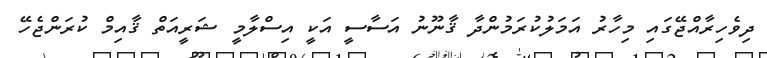
ދިވެހިރާއްޖޭގައި މިހާރު އަމަލުކުރަމުންދާ ޤާނޫނު އަސާސީ އަކީ އިސްލާމީ ޝަރީއަތް ޤާއިމް ކުރަންޖެހޭ